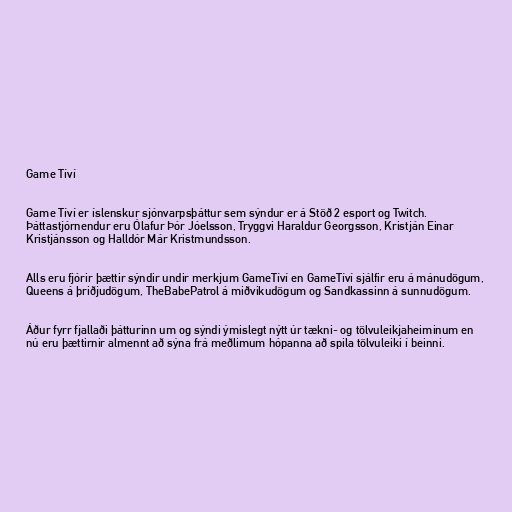
Game Tíví

Game Tíví er íslenskur sjónvarpsþáttur sem sýndur er á Stöð 2 esport og Twitch.
Þáttastjórnendur eru Ólafur Þór Jóelsson, Tryggvi Haraldur Georgsson, Kristján Einar
Kristjánsson og Halldór Már Kristmundsson.

Alls eru fjórir þættir sýndir undir merkjum GameTíví en GameTíví sjálfir eru á mánudögum,
Queens á þriðjudögum, TheBabePatrol á miðvikudögum og Sandkassinn á sunnudögum.

Áður fyrr fjallaði þátturinn um og sýndi ýmislegt nýtt úr tækni- og tölvuleikjaheiminum en
nú eru þættirnir almennt að sýna frá meðlimum hópanna að spila tölvuleiki í beinni.